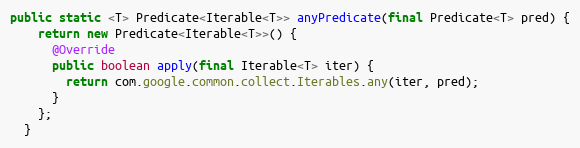
Language: Java
public static <T> Predicate<Iterable<T>> anyPredicate(final Predicate<T> pred) {
    return new Predicate<Iterable<T>>() {
      @Override
      public boolean apply(final Iterable<T> iter) {
        return com.google.common.collect.Iterables.any(iter, pred);
      }
    };
  }